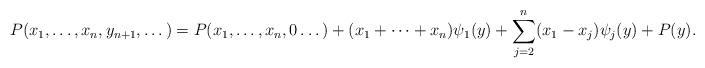
\begin{align*}P(x_1,\dots, x_n, y_{n+1},\dots)=P(x_1,\dots, x_n,0\dots) + (x_1+\cdots+x_n)\psi_1(y) + \sum_{j=2}^n(x_1-x_j)\psi_j(y) + P(y).\end{align*}